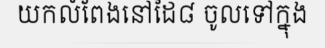
យកលំពែងនៅដៃ៨ ចូលទៅក្នុង